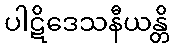
ပါဋိဒေသနီယန္တိ